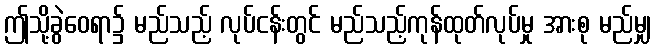
ဤသို့ခွဲဝေရာ၌ မည်သည့် လုပ်ငန်းတွင် မည်သည့်ကုန်ထုတ်လုပ်မှု အားစု မည်မျှ